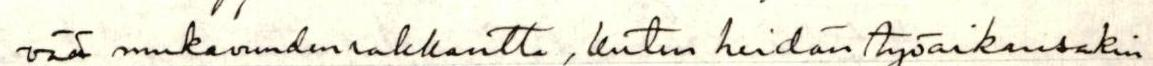
vää mukavuuden rakkautta, kuten heidän työaikansakin